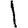
Digit: 1